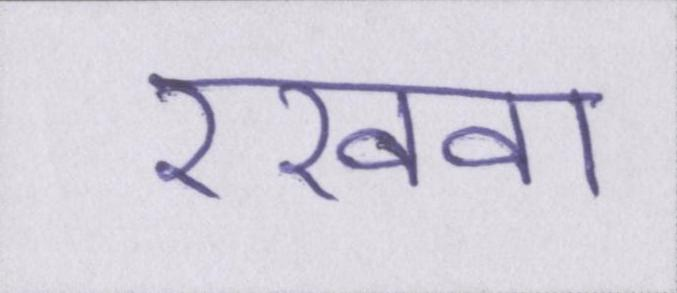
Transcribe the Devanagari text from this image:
रखवा